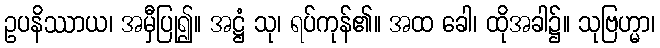
ဥပနိဿာယ၊ အမှီပြု၍။ အဋ္ဌံ သု၊ ရပ်ကုန်၏။ အထ ခေါ၊ ထိုအခါ၌။ သုဗြဟ္မာ၊